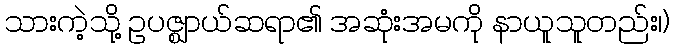
သားကဲ့သို့ ဥပဇ္ဈာယ်ဆရာ၏ အဆုံးအမကို နာယူသူတည်း၊)